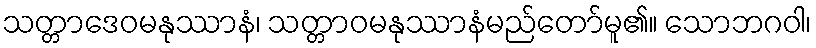
သတ္တာဒေဝမနုဿာနံ၊ သတ္တာဝမနုဿာနံမည်တော်မူ၏။ သောဘဂဝါ၊